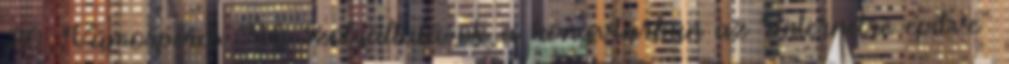
20. Vámospércs "Új szolgáltatások a könyvtárban az Internetre építve"